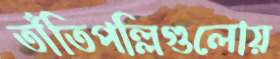
তাঁতিপল্লিগুলোয়